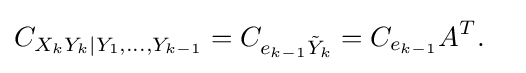
{\begin{aligned}C_{X_{k}Y_{k}|Y_{1},\ldots ,Y_{k-1}}&=C_{e_{k-1}{\tilde {Y}}_{k}}=C_{e_{k-1}}A^{T}.\end{aligned}}